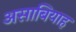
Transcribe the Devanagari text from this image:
असाबियाह